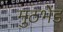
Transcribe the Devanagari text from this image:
मुठभेंड